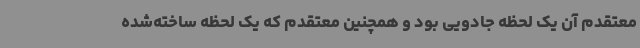
معتقدم آن یک لحظه جادویی بود و همچنین معتقدم که یک لحظه ساخته‌شده